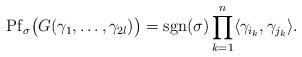
LaTeX: \begin{align*} \mathrm{Pf}_{\sigma}\big(G(\gamma_1,\dots,\gamma_{2l})\big)=\mathrm{sgn}(\sigma) \prod_{k=1}^{n}\langle \gamma_{i_k}, \gamma_{j_k}\rangle.\end{align*}